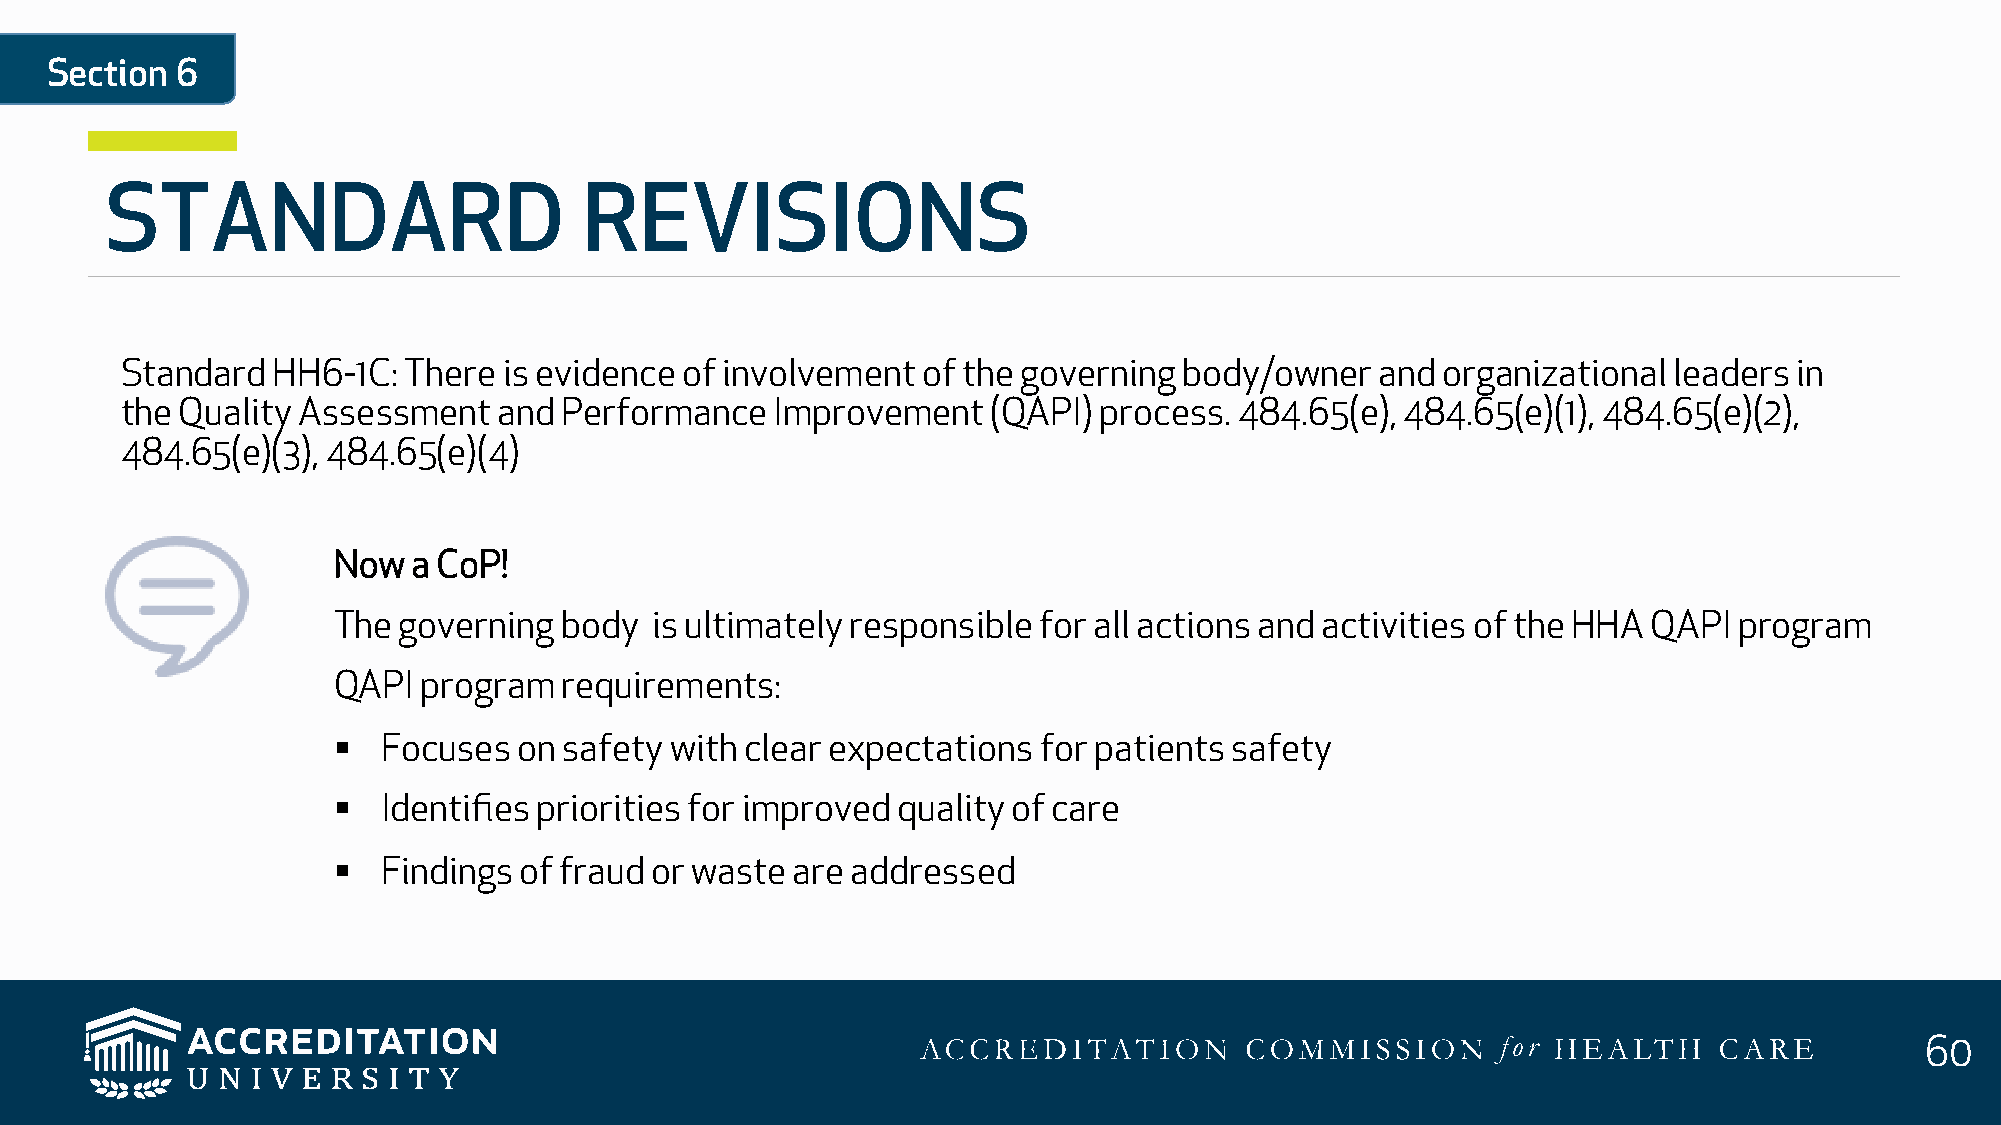
Section  6
 STANDARD                        REVISIONS
 Standard  HH6-1C:  There is evidence of involvement  of the governing body/owner   and organizational  leaders in
 the Quality Assessment   and Performance   Improvement    (QAPI) process. 484.65(e), 484.65(e)(1), 484.65(e)(2),
 484.65(e)(3), 484.65(e)(4)
 Now  a CoP!
 The governing  body  is ultimately responsible for all actions and activities of the HHA QAPI program
 QAPI  program  requirements:
 §  Focuses  on safety with clear expectations  for patients safety
 §  Identifies priorities for improved quality of care
 §  Findings of fraud or waste are addressed
 60